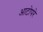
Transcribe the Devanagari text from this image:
आटोपरे